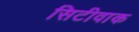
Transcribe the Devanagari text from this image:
सिटीवाक